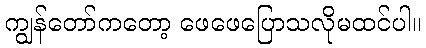
ကျွန်တော်ကတော့ ဖေဖေပြောသလိုမထင်ပါ။